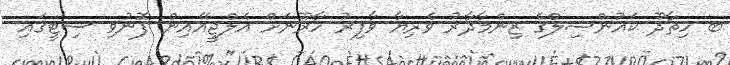
ބ ހިތާދޫ ކައުންސިލްގެ ޒިންމާދާރު ވެރިޔާ ވާފިރު ހާރޫނަށް އެލްޖީއޭއިން ފޮނުވި ސިޓީގައި